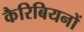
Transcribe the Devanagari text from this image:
कैरिबियनों